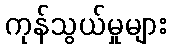
ကုန်သွယ်မှုများ